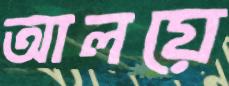
আলয়ে